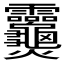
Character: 𬋣